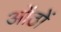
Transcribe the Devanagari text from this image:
ओंठों